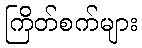
ကြိတ်စက်များ